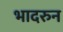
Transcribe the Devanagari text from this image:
भादरुन